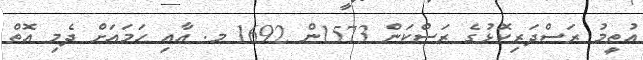
އުތީމު ރަސްދަރިކޮޅުގެ ރަސްކަން 1573ން 1692 މ. އާއި ހަމައަށް ދެމި އޮތް